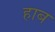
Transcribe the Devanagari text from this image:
हाब